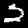
Label: 2